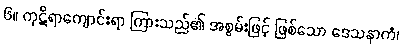
၆။ ကုဋိရာကျောင်းရာ ကြားသည်၏ အစွမ်းဖြင့် ဖြစ်သော ဒေသနာကံ၊